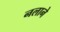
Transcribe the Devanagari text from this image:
नलाने